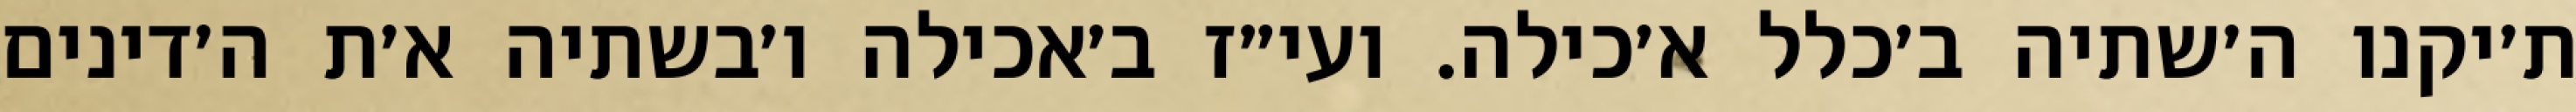
ת׳יקנו ה׳שתיה ב׳כלל א׳כילה. ועי״ז ב׳אכילה ו׳בשתיה א׳ת ה׳דינים